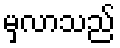
မှလာသည်